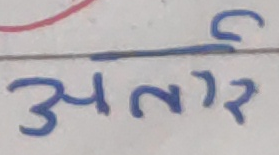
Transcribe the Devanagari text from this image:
अतार